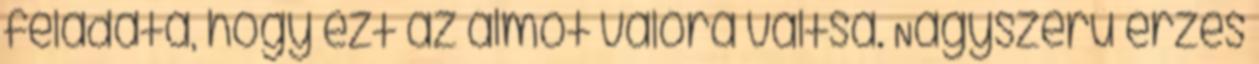
feladata, hogy ezt az álmot valóra váltsa. Nagyszerű érzés